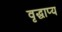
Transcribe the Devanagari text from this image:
वृद्धाप्य